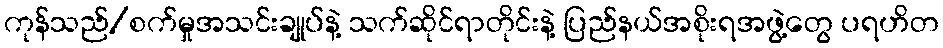
ကုန်သည်/စက်မှုအသင်းချုပ်နဲ့ သက်ဆိုင်ရာတိုင်းနဲ့ ပြည်နယ်အစိုးရအဖွဲ့တွေ ပရဟိတ